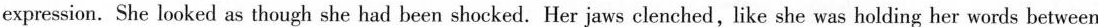
expression.She looked as though she had been shocked. Her jaws clenched, like she was holding her words between